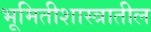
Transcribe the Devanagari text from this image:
भूमितीशास्त्रातील